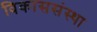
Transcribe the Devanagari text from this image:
विकाससंस्था